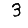
Digit: 3